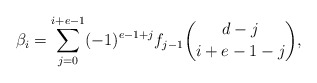
\begin{align*} \beta_i = \sum_{j = 0}^{i+e-1} (-1)^{e-1+j} f_{j-1} \binom{d-j}{i+e-1-j}, \end{align*}